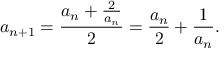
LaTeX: a _ { n + 1 } = { \frac { a _ { n } + { \frac { 2 } { a _ { n } } } } { 2 } } = { \frac { a _ { n } } { 2 } } + { \frac { 1 } { a _ { n } } } .